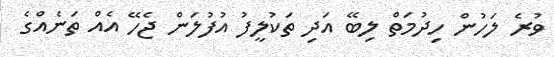
ވުރެ ލަހުން ހިދުމަތް ލިބޭ އަދި ތަކުލީފު އުފުލަން ޖެހޭ އެއް ތަނެއްގެ